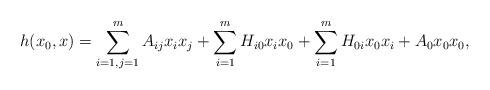
LaTeX: \begin{align*}h(x_0,x)=\sum_{i=1,j=1}^{m} A_{ij} x_i x_j+ \sum_{i=1}^{m} H_{i0} x_i x_0+ \sum_{i=1}^{m} H_{0i} x_0 x_i+A_0 x_0 x_0,\end{align*}